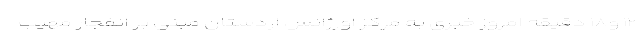
۱۲ و۱۸ دقیقه امروز خبری به مرکز اورژانس اردستان مبنی بر انفجار مهیب